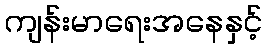
ကျန်းမာရေးအနေနှင့်